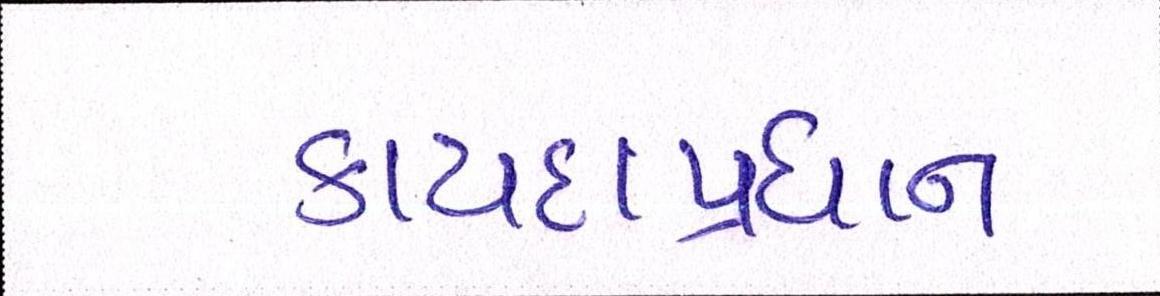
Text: કાયદાપ્રધાન